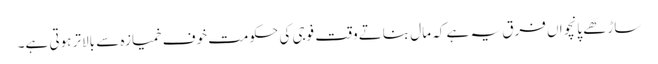
ساڑھے پانچواں فرق یہ ہے کہ مال بناتے وقت فوجی کی حکومت خوف خمیازہ سے بالاتر ہوتی ہے۔